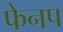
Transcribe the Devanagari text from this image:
फेनप